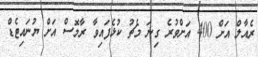
ރެއާލް އަށް 400 އަށްވުރެ ގިނަ މެޗު ކުޅެފައިވާ ރާމޮސް އަށް ޔުނައިޓެޑް